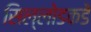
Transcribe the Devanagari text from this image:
सिल्लोडकडे